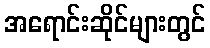
အရောင်းဆိုင်များတွင်